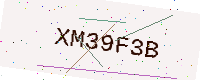
Text: XM39F3B